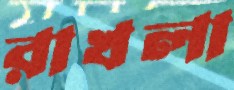
রাখলা